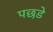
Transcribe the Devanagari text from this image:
पछडे